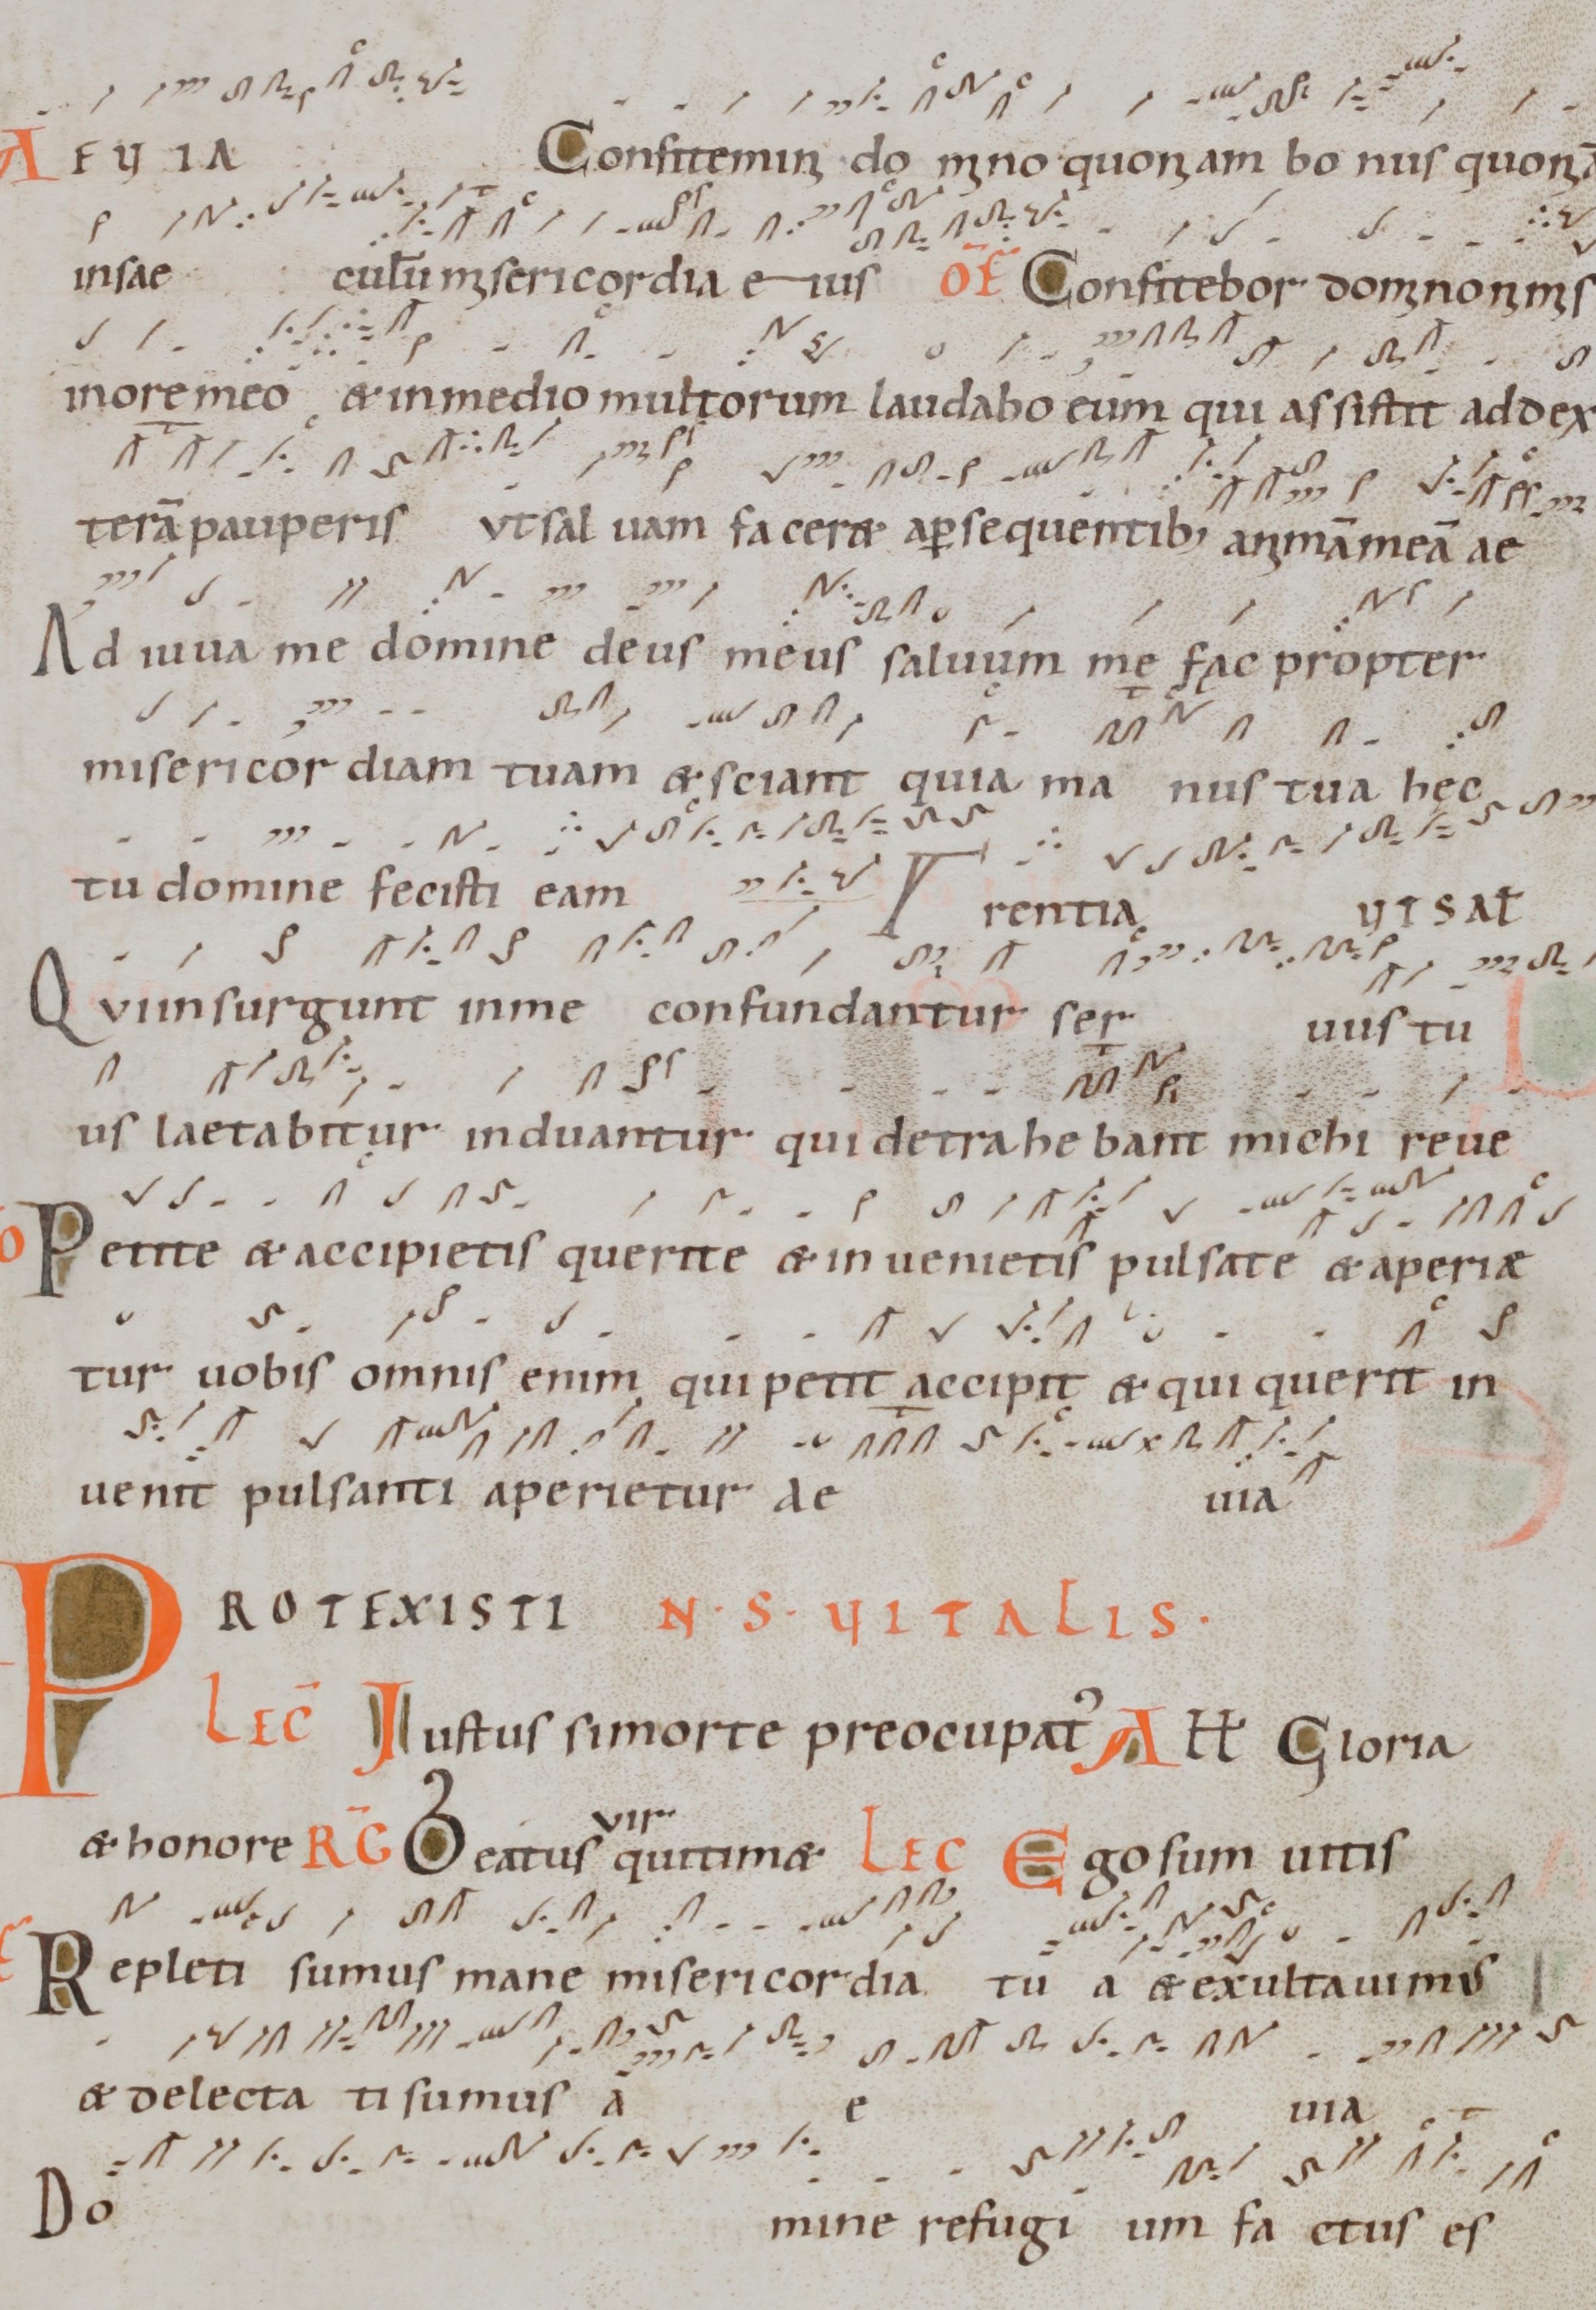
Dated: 1000–1099